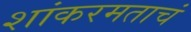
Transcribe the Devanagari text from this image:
शांकरमताचं